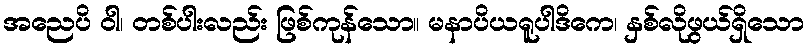
အညေပိ ဝါ၊ တစ်ပါးလည်း ဖြစ်ကုန်သော။ မနာပိယရူပါဒိကေ၊ နှစ်လိုဖွယ်ရှိသော